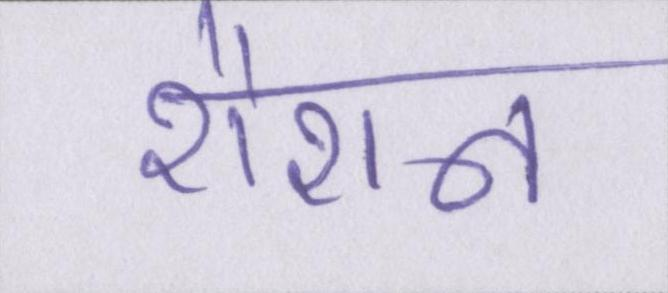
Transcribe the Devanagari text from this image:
रौशन